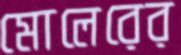
মোলেরের